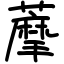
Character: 藦